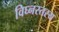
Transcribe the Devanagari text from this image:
विघ्नस्तस्य